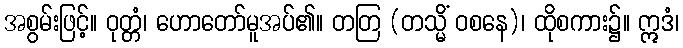
အစွမ်းဖြင့်။ ဝုတ္တံ၊ ဟောတော်မူအပ်၏။ တတြ (တသ္မိံ ဝစနေ)၊ ထိုစကား၌။ ဣဒံ၊